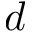
d